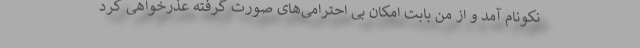
نکونام آمد و از من بابت امکان بی احترامی‌های صورت گرفته عذرخواهی کرد